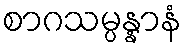
စာဂသမ္ပန္နာနံ